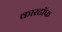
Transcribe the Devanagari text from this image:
कारटॉफ